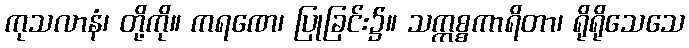
ကုသလာနံ၊ တို့ကို။ ကရဏေ၊ ပြုခြင်း၌။ သက္ကစ္စကာရိတာ၊ ရိုရိုသေသေ